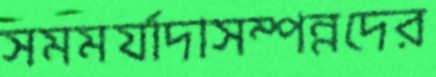
সমমর্যাদাসম্পন্নদের